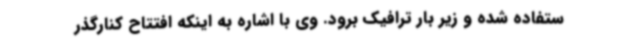
ستفاده شده و زیر بار ترافیک برود. وی با اشاره به اینکه افتتاح کنارگذر